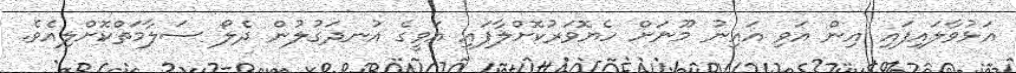
އަޅުވާލައިފައި އިން އަވި އައިނު މޫނަށް ހެޔޮވަރުކޮށްލާފައި އަވީގެ އުނދަގުލުން ދެލޯ ސަލާމަތްކޮށްލިއެވެ.